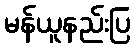
မန်ယူနည်းပြ